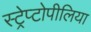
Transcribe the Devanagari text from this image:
स्ट्रेप्टोपीलिया